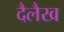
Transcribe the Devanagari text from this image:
दैलैख